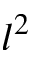
l ^ { 2 }